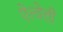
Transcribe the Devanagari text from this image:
ऐल्वेली